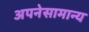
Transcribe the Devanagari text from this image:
अपनेसामान्य